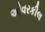
ઓવરકીલ